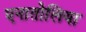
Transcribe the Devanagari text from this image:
एनातोलिया